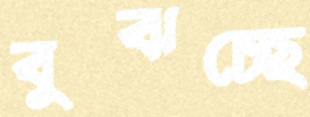
বুঝচ্ছে